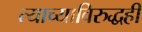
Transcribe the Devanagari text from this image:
त्याच्याविरुद्धही